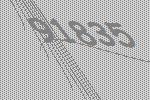
91835